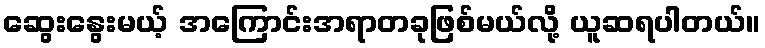
ဆွေးနွေးမယ့် အကြောင်းအရာတခုဖြစ်မယ်လို့ ယူဆရပါတယ်။